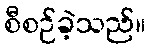
စီစဉ်ခဲ့သည်။